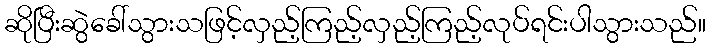
ဆိုပြီးဆွဲခေါ်သွားသဖြင့်လှည့်ကြည့်လှည့်ကြည့်လုပ်ရင်းပါသွားသည်။